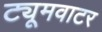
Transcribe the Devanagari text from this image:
ट्यूमवाटर